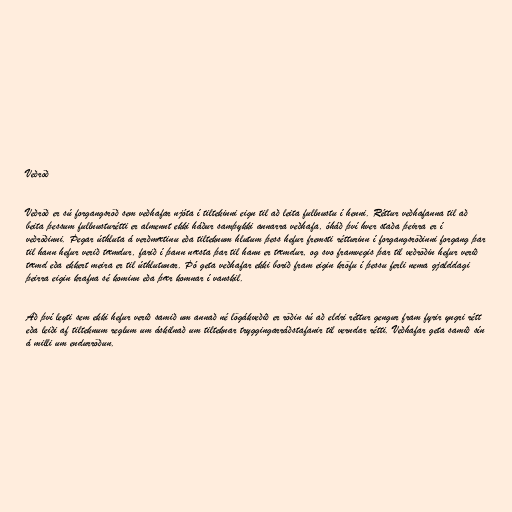
Veðröð

Veðröð er sú forgangsröð sem veðhafar njóta í tiltekinni eign til að leita fullnustu í henni. Réttur veðhafanna til að
beita þessum fullnusturétti er almennt ekki háður samþykki annarra veðhafa, óháð því hver staða þeirra er í
veðröðinni. Þegar úthluta á verðmætinu eða tilteknum hlutum þess hefur fremsti rétturinn í forgangsröðinni forgang þar
til hann hefur verið tæmdur, farið í þann næsta þar til hann er tæmdur, og svo framvegis þar til veðröðin hefur verið
tæmd eða ekkert meira er til úthlutunar. Þó geta veðhafar ekki borið fram eigin kröfu í þessu ferli nema gjalddagi
þeirra eigin krafna sé kominn eða þær komnar í vanskil.

Að því leyti sem ekki hefur verið samið um annað né lögákveðið er röðin sú að eldri réttur gengur fram fyrir yngri rétt
eða leiði af tilteknum reglum um áskilnað um tilteknar tryggingarráðstafanir til verndar rétti. Veðhafar geta samið sín
á milli um endurröðun.